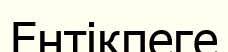
Ентікпеге